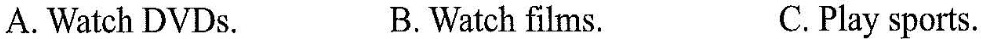
A. Watch DVDs. B.Watch films. C.Play sports.